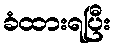
ခံထားရပြီး